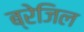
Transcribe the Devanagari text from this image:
ब्रेजिल